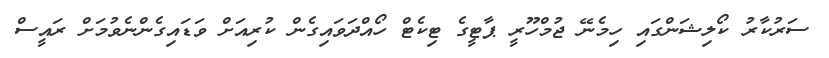
ސަރުކާރު ކޯލިޝަންގައި ހިމެނޭ ޖުމްހޫރީ ޕާޓީގެ ޓިކެޓް ހޯއްދަވައިގެން ކުރިއަށް ވަޑައިގެންނެވުމަށް ރައީސް